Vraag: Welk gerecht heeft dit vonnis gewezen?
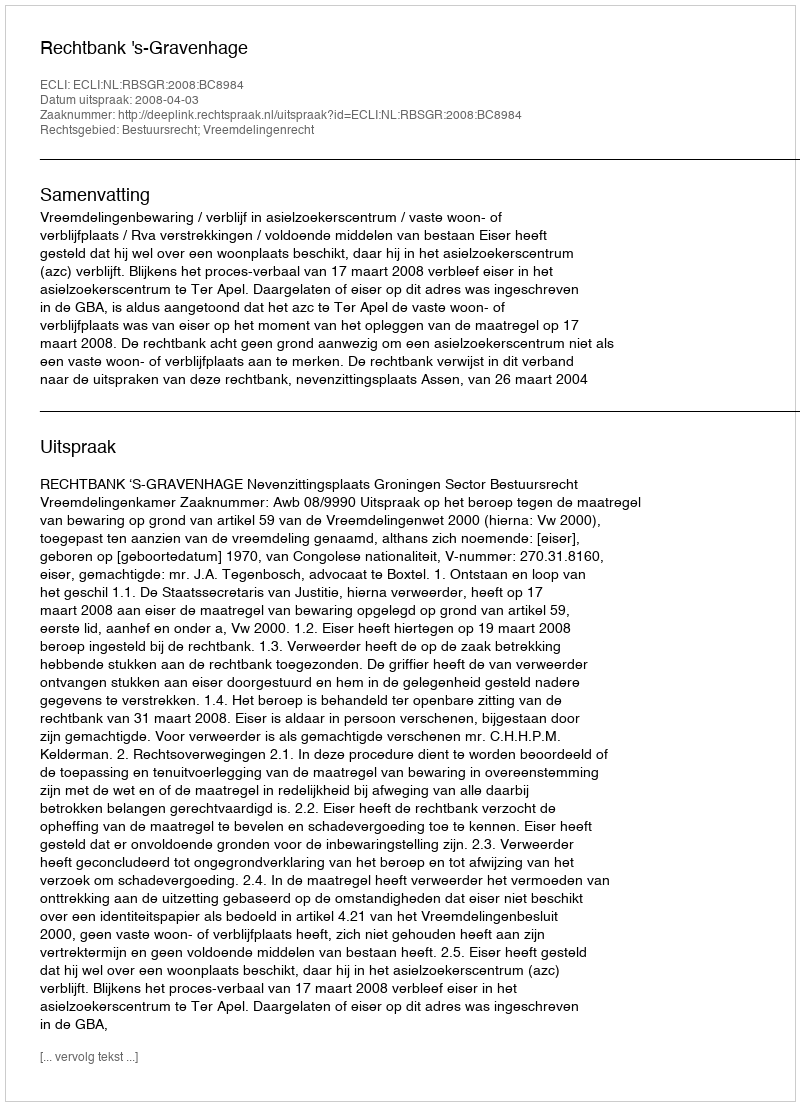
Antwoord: Rechtbank 's-Gravenhage